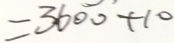
= 3 6 0 0 + 1 0